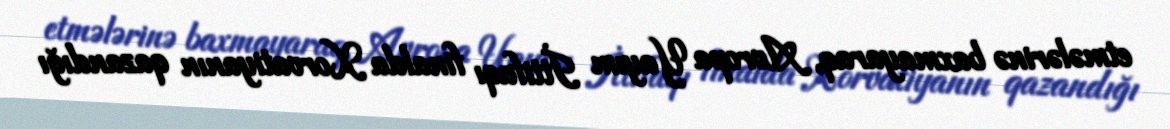
etmələrinə baxmayaraq, Avropa Yayım İttifaqı finalda Xorvatiyanın qazandığı